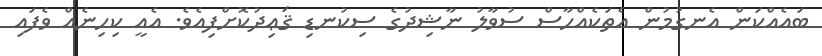
ބައެއްކަން އެނގުމުން އެތަކެއްހާސް ސުވާލު ނާޝިދުގެ ސިކުނޑި ޤަޢިދުކޮށްފިއެވެ. އެއީ ކިހިނެއް ވެފައި